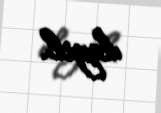
deyil.